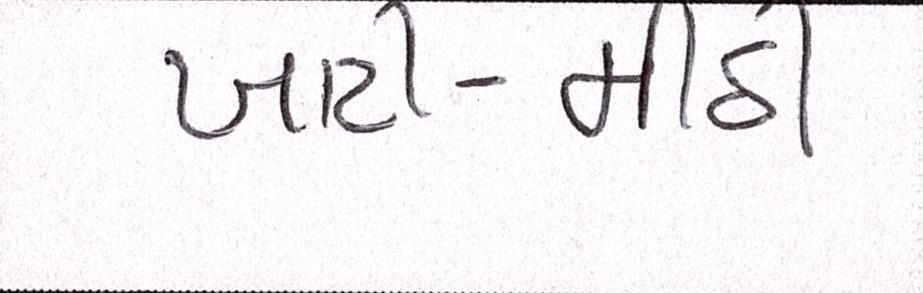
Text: ખાટી-મીઠી